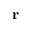
\mathbf { r }